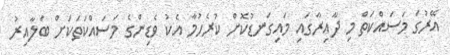
އޭރުގަ މަސައްކަތް މި ދާއިރާގައި މައިގަނޑުކޮށް ކުރެހުމާ އެކު ވެޑިންގެ މަސައްކަތަކަށް ބަލާއިރު